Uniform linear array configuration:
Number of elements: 16
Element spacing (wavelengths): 0.75
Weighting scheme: exponential
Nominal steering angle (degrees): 30
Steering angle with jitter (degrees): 28.657
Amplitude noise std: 0.05
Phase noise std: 0.05

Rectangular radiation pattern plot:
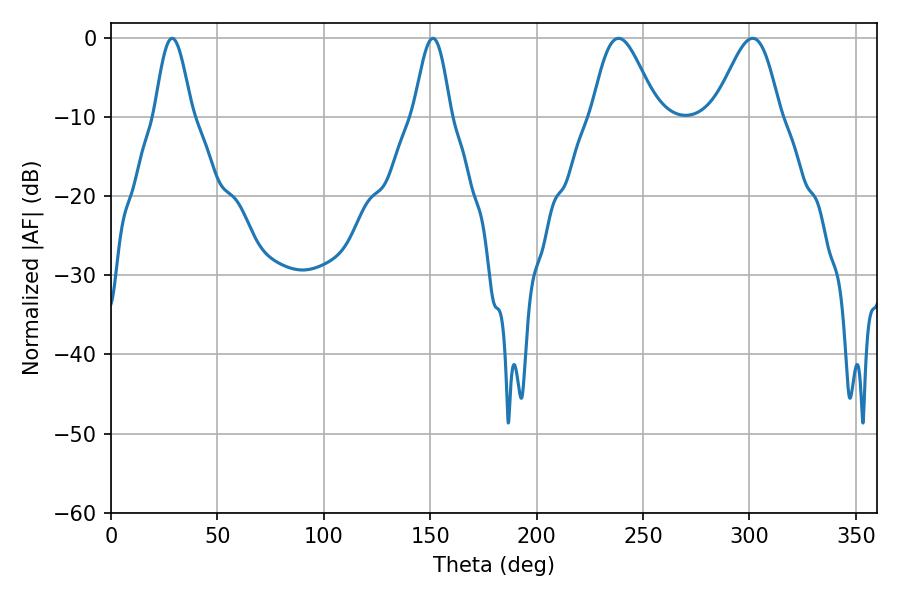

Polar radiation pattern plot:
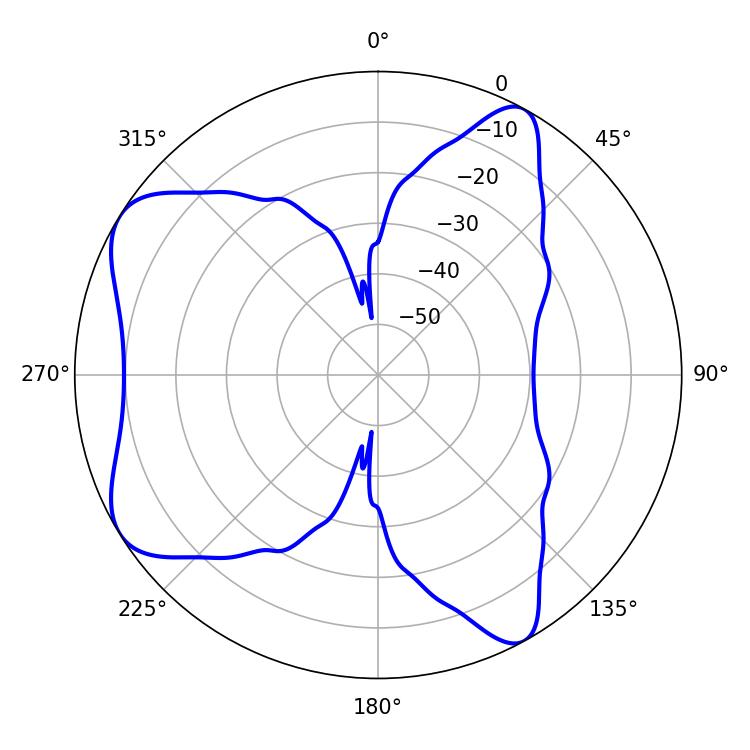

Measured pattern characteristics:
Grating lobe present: TRUE
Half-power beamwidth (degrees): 16.2
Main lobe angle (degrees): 238.5